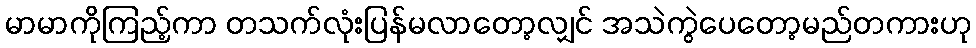
မာမာကိုကြည့်ကာ တသက်လုံးပြန်မလာတော့လျှင် အသဲကွဲပေတော့မည်တကားဟု